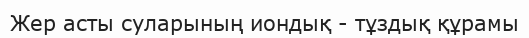
Жер асты суларының иондық - тұздық құрамы